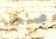
صنعنا